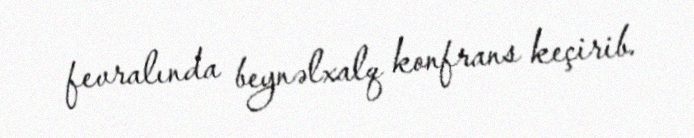
fevralında beynəlxalq konfrans keçirib.